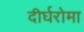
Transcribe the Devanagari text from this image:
दीर्घरोमा